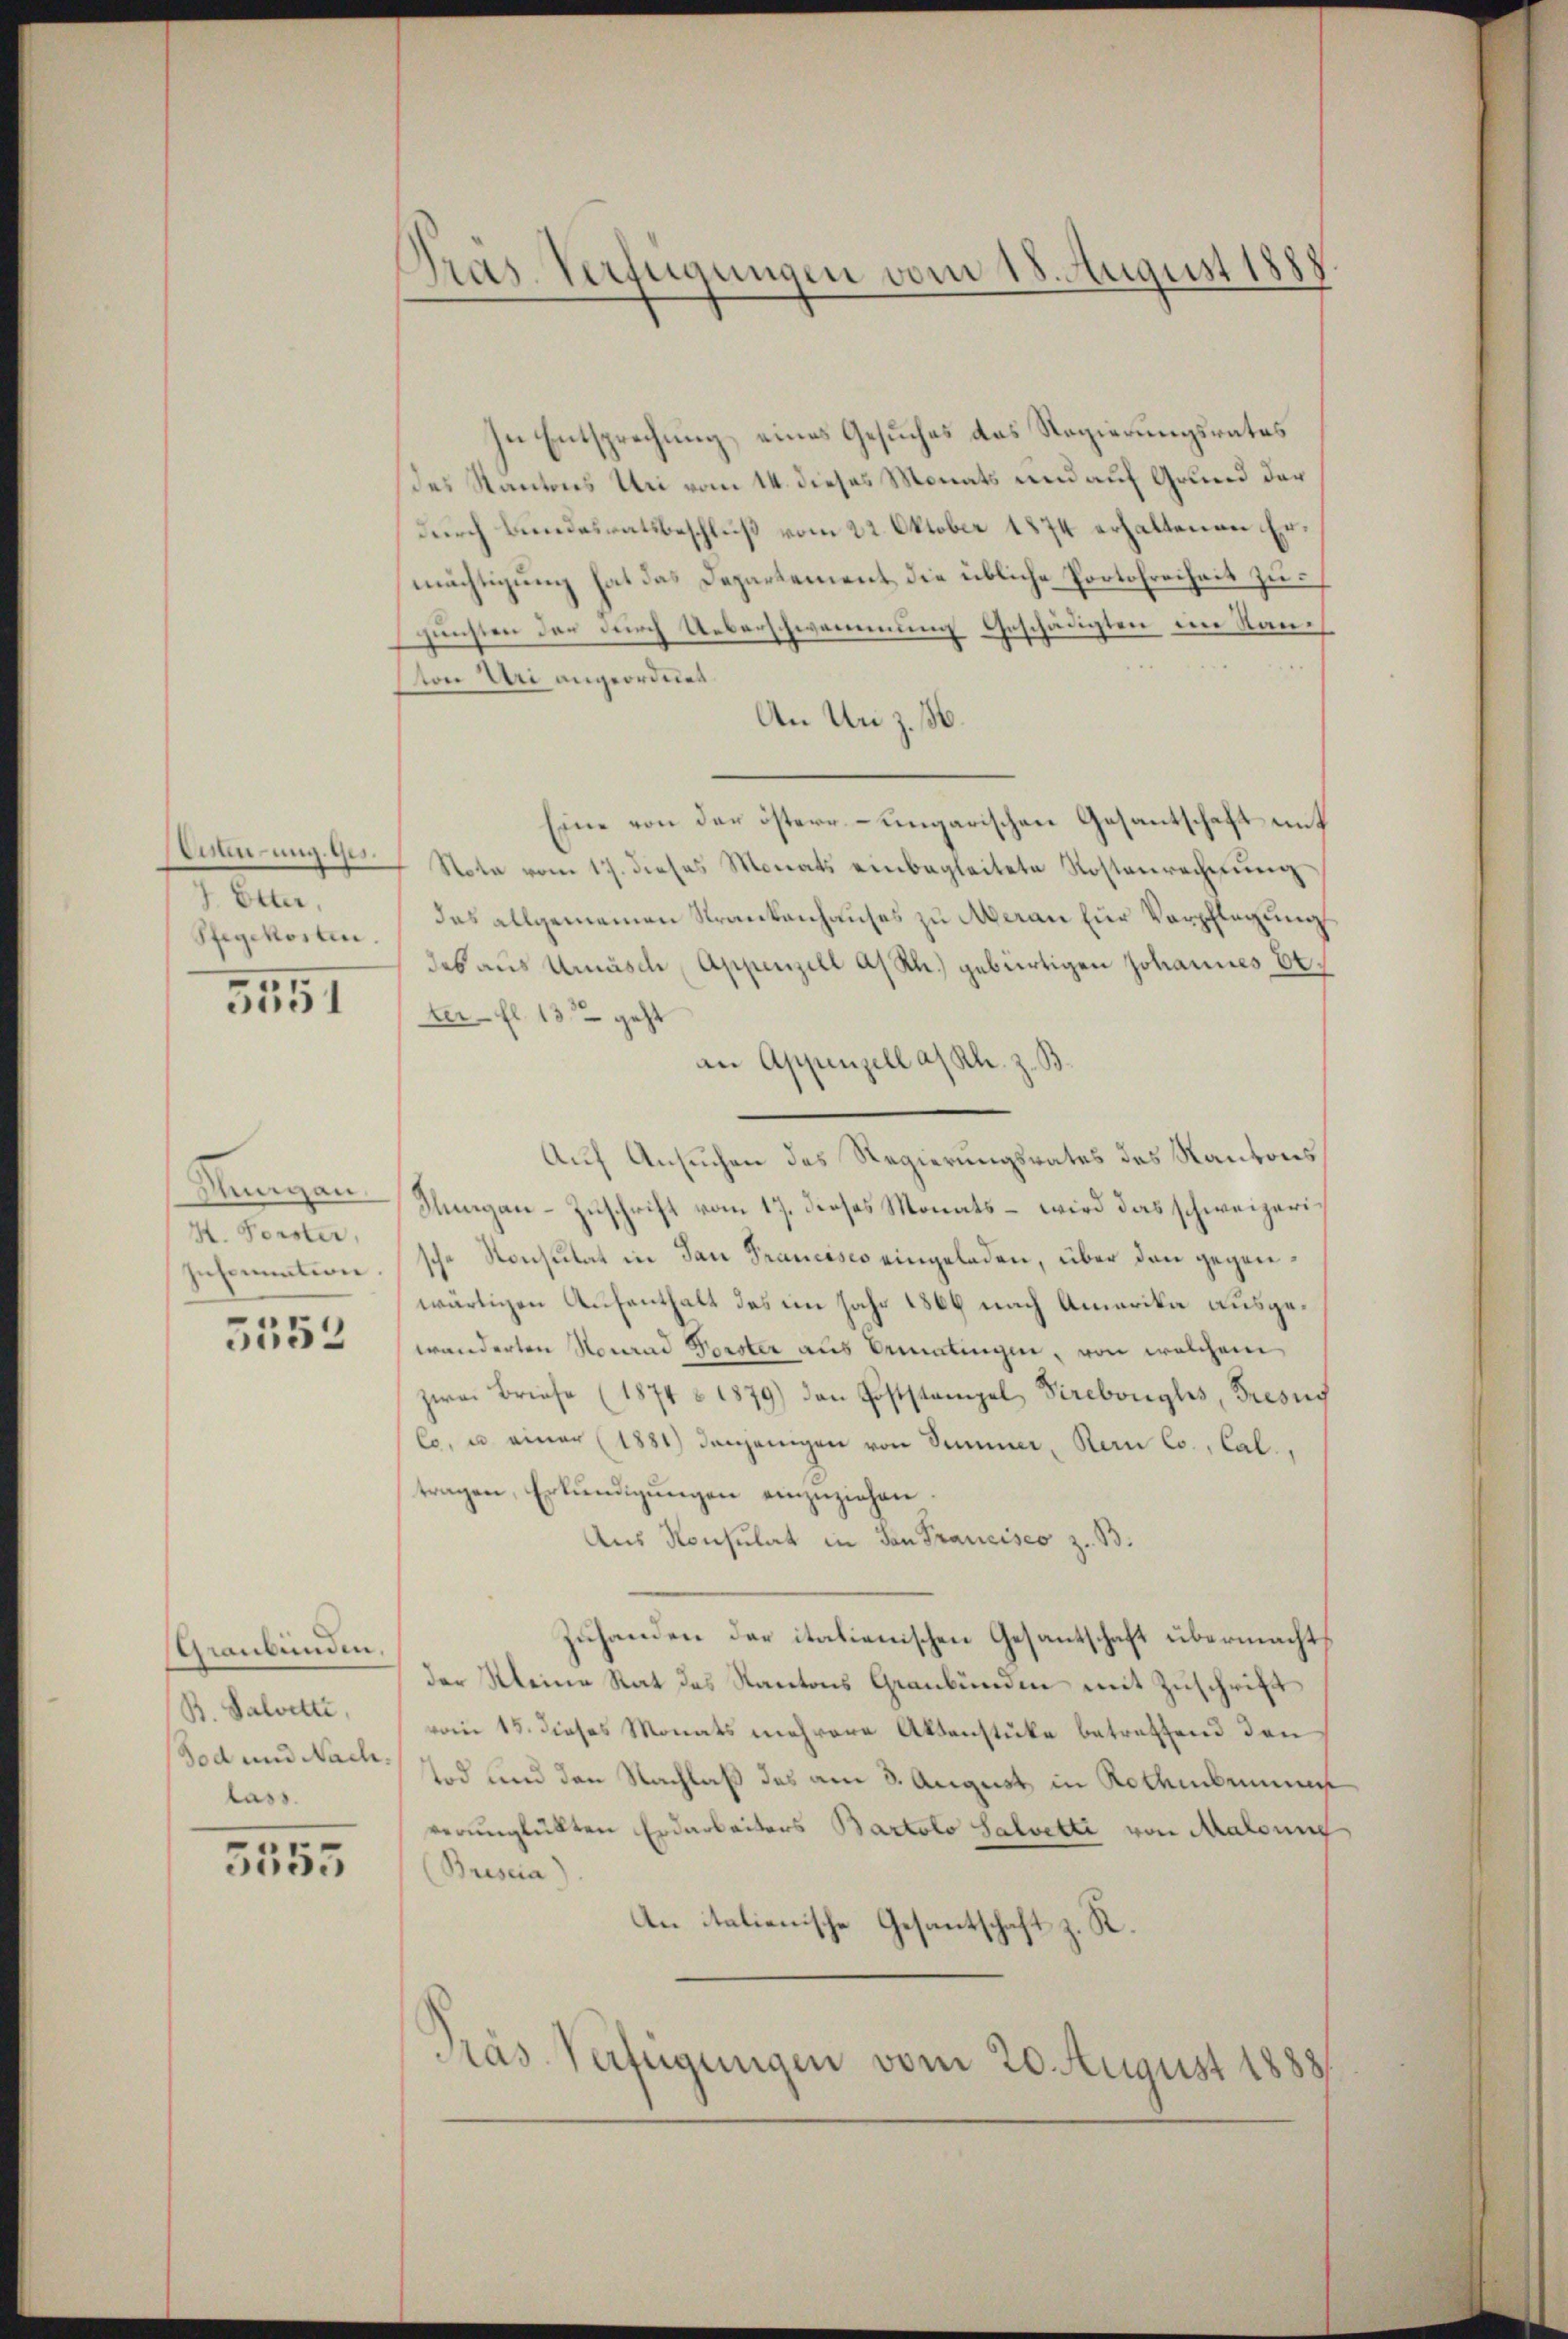
Einung. Ges.
7. Elter,
Stegekosten.

3551

Rungau,
H. Forster,
Insammtion.
5552

Graubünden,
B. Salvette,
Tod und Nach
lass.

5555

Präs. Verfügungen vom 18. August 1888

In Entsprechung eines Gesuches das Regierungsrates
des Kantons Uri vom 14. dieses Monats und auf Grund der
durch Bundesratsbeschluß vom 22. Oktober 1874 erhaltenen Ermächtigung hat das Departement, die übliche Portofreiheit zu
gunsten der durch Ueberschwemmung Geschädigten im Rauston Uri angeordnet.
An Un z. 56.
Eine von der östern-ungarischen Gesantschaft mit
Nota vom 17. dieses Monats einbegleitete Kostenrechnung
das allgemeinen Krankenhauses zu Meran zur Verpflegung
des aus Umasche Appenzell a/Rh.) gebürtigen Johannes Erf
ter fl. 132 geht
an Appenzell a/Rh
Auf Ansuchen des Regierungsrates des Kantons¬
Sungau-Zuschrift vom 17. dieses Monats – wird das schweizerische Konsulat in San Francisco eingeladen, über den gegenwärtigen Aufenthalt des im Jahr 1866 nach Amerika ausgewanderten Nourad Forster aus Amatingen, von welchem
zwei Briefe (1874 & 1879) den Poststampel Pireborglis, Fresus
Co, u einer (1881) dasjenigen von Summer, Nau Co., Cal.,
tragen, Erkundigungen einzuziehen.
Aus Konsulat in von Francisco z. B.
Zuhanden der italienischen Gesantschaft übermacht
der Kleine Rat des Kantons Graubünden mit Zuschrift
vom 15. dieses Monats mehrere Aktenstüke betreffend den
Tod und den Nachlaß des am 3. August in Rothenbe
verunglükten Erdarbeiters Bartolo Salvetti von Maldung
(Brescia)
An italienische Gesantschaft z. R.
Präs. Verfügungen vom 20. August 1888